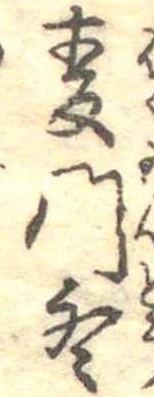
麦門冬